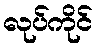
လုပ်ကိုင်